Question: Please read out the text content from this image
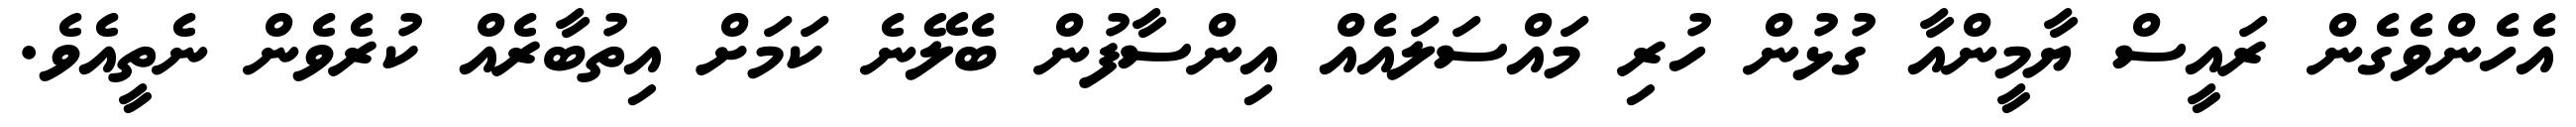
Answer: އެހެންވެގެން ރައީސް ޔާމީންއާ ގުޅުން ހުރި މައްސަލައެއް އިންސާފުން ބެލޭނެ ކަމަށް އިތުބާރެއް ކުރެވެން ނެތީއެވެ.